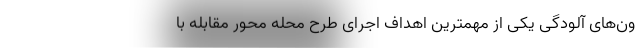
ون‌های آلودگی یکی از مهمترین اهداف اجرای طرح محله محور مقابله با